Report on plague and inoculation in the Punjab from October 1st ... to September 30th..., being the ... season of plague in the province
Disease focus: Plague
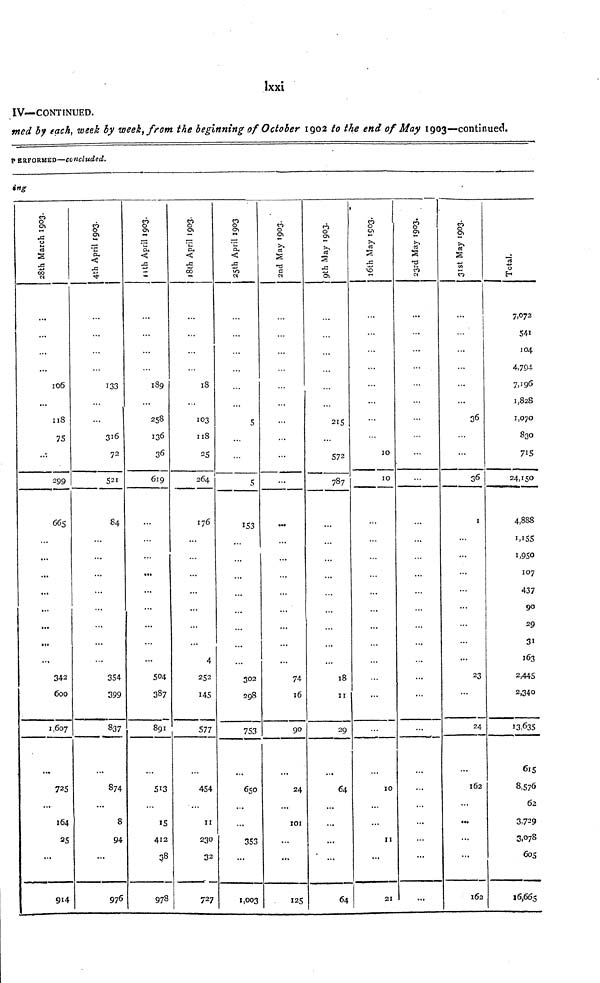
Ixxi
IV—CONTINUED.
wed by each, week by week, from the beginning of October 1902 to the end of May 1903—continued.
PERFORMED—concluded.
ing
28th March 1903
...
...
106
...
118
75
299
665
...
...
...
...
...
342
600
1,607
725
...
164
25
...
914
4th April 1903.
133
316
72
521
84
...
...
354
399
837
874
...
8
94
976
11th
April 1903.
...
189
258
136
36
619
...
...
...
...
...
504
387
891
513
15
412
38
978
18th April 1903.
18
103
118
25
264
176
...
4
252
145
577
454
...
11
230
32
727
25th April 1903
...
5
5
153
...
302
298
753
650
...
353
...
1,003
2nd May 1903
...
...
...
...
74
16
90
24
...
101
...
...
125
9th May 1903.
215
572
787
18
II
29
64
...
...
...
64
16th May 1903.
10
10
...
...
...
...
10
...
II
...
21
23rd May 1903.
...
...
...
...
...
...
31st May 1903.
36
...
36
I
...
...
23
• • •
24
l62
...
...
162
Total.
7,072
541
104
4,794
7,196
1,828
1,070
830
715
24,150
4,888
1,155
1,950
107
437
90
29
31
163
2,445
2,340
13,635
615
8,576
62
3,729
3,078
605
16,665